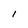
Character: I